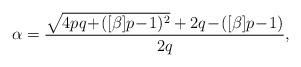
LaTeX: \begin{align*}\alpha = \frac{\sqrt{4pq \!+\! ([\beta]p\!-\!1)^2}+ 2q \!-\! ([\beta]p \!-\! 1)}{2q}, \end{align*}